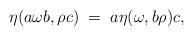
LaTeX: \begin{align*}\eta( a \omega b, \rho c) \; = \; a \eta(\omega, b \rho) c,\end{align*}